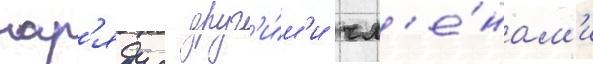
нар'яду с друг'и́м'и чл'е́нам'и